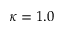
\kappa = 1 . 0